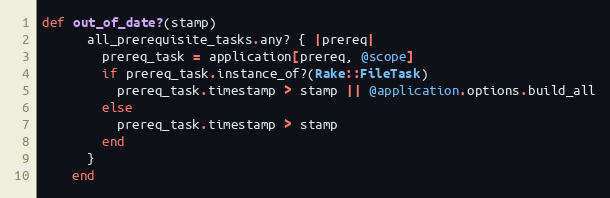
Language: Ruby
def out_of_date?(stamp)
      all_prerequisite_tasks.any? { |prereq|
        prereq_task = application[prereq, @scope]
        if prereq_task.instance_of?(Rake::FileTask)
          prereq_task.timestamp > stamp || @application.options.build_all
        else
          prereq_task.timestamp > stamp
        end
      }
    end